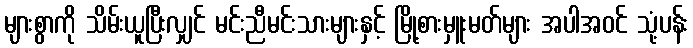
များစွာကို သိမ်းယူပြီးလျှင် မင်းညီမင်းသားများနှင့် မြို့စားမှူးမတ်များ အပါအဝင် သုံ့ပန်း